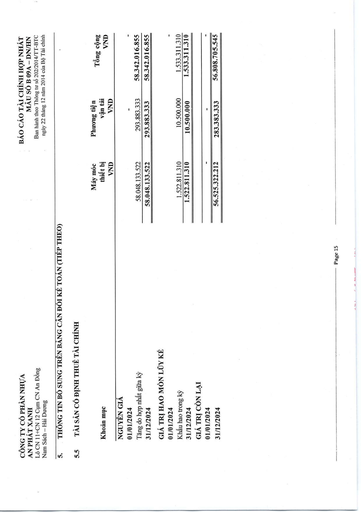
|Khoản mục|Máy móc thiết bị VND|Phương tiện vận tải VND|Tổng cộng VND| |---|---|---|---| |NGUYÊN GIÁ|||| |01/01/2024|||| |Tăng do hợp nhất giữa kỳ|58.048.133.522|293.883.333|58.342.016.855| |31/12/2024|58.048.133.522|293.883.333|58.342.016.855| |GIÁ TRỊ HAO MÒN LŨY KẾ|||| |01/01/2024|||| |Khấu hao trong kỳ|1.522.811.310|10.500.000|1.533.311.310| |31/12/2024|1.522.811.310|10.500.000|1.533.311.310| |GIÁ TRỊ CÒN LẠI|||| |01/01/2024|||| |31/12/2024|56.525.322.212|283.383.333|56.808.705.545|